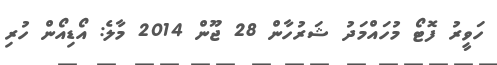
ހަވީރު ފޮޓޯ މުހައްމަދު ޝަރުހާން 28 ޖޫން 2014 މާލެ: އޯޑިއޯން ހުރި